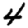
Digit: 4